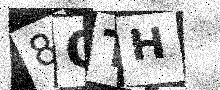
Text: 8OTH